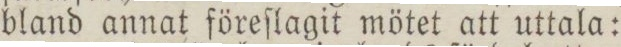
bland annat föreſlagit mötet att uttala: